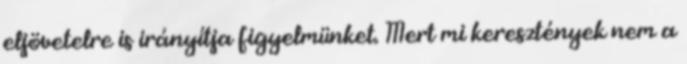
eljövetelre is irányítja figyelmünket. Mert mi keresztények nem a